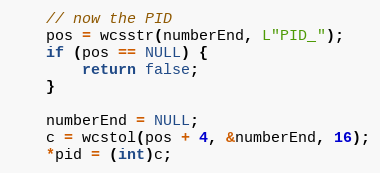
Language: C++
    // now the PID
    pos = wcsstr(numberEnd, L"PID_");
    if (pos == NULL) {
        return false;
    }

    numberEnd = NULL;
    c = wcstol(pos + 4, &numberEnd, 16);
    *pid = (int)c;